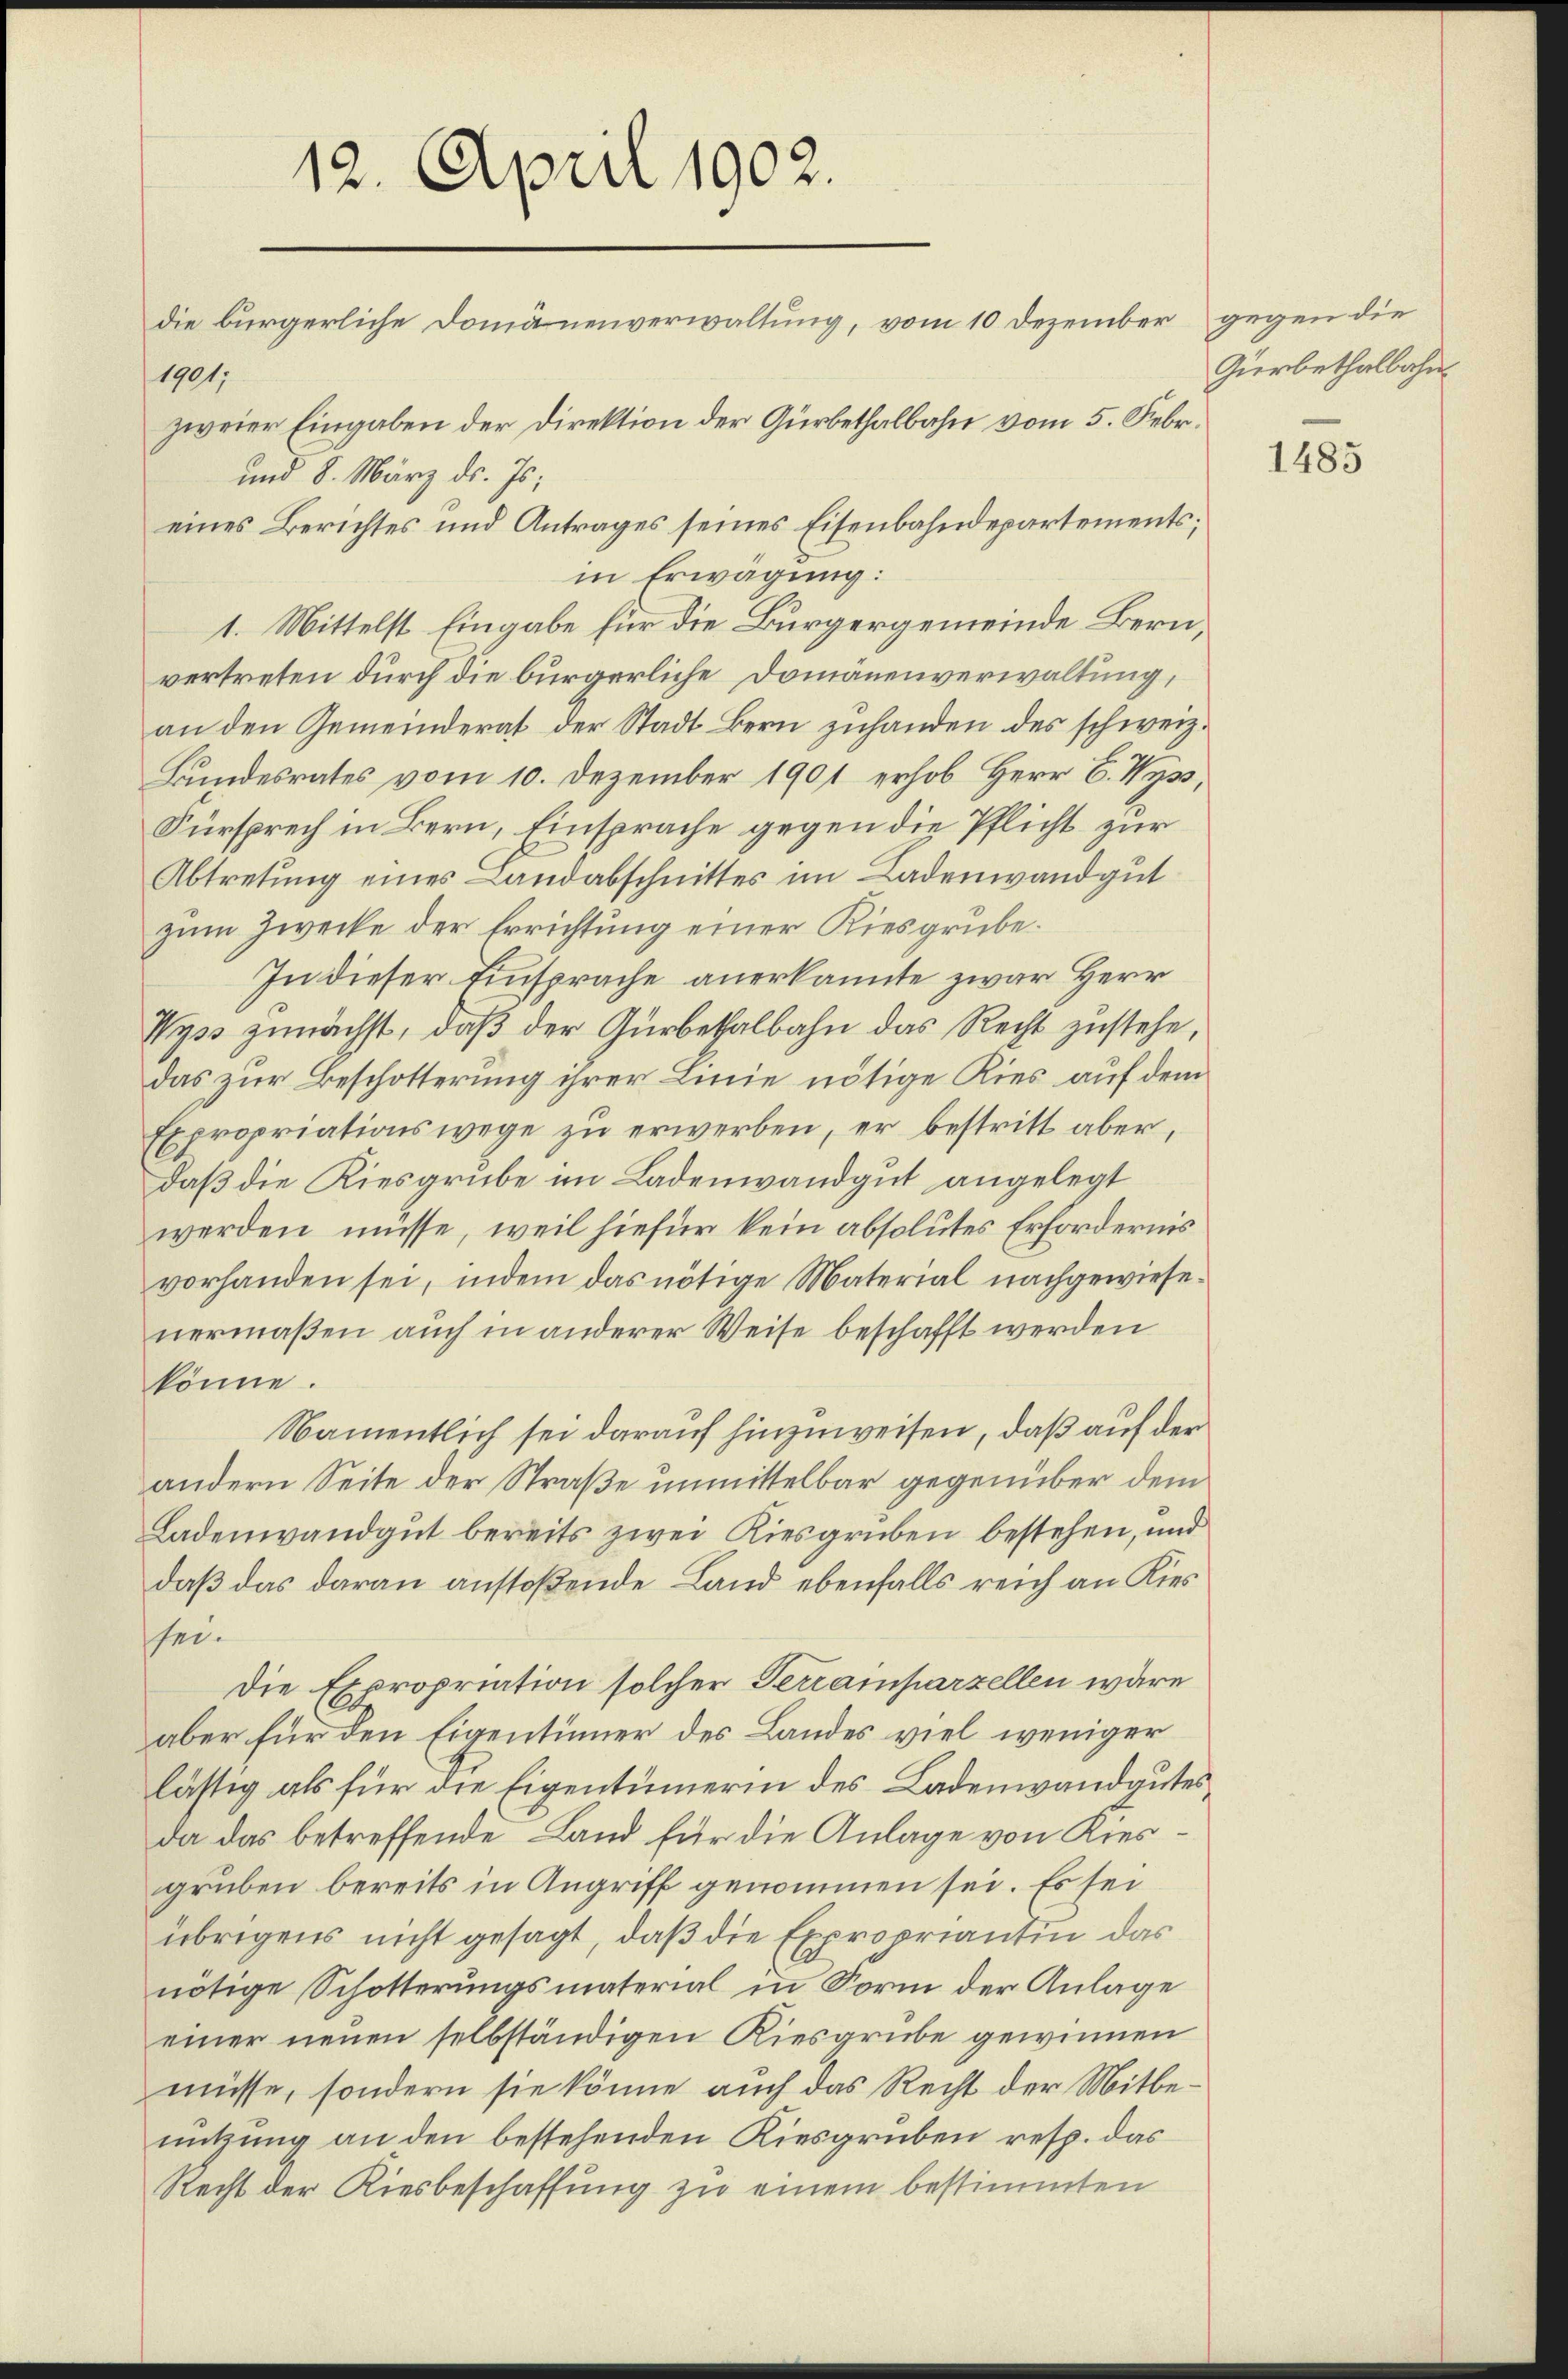
12. April 1902.
die bürgerliche Domänenverwaltung, vom 10 Dezember
1901,
zweier Eingaben der Direktion der Gürbethalbahn vom 5. Febr.
und 8. März d. Js.
eines Berichtes und Antrages seines Eisenbahndepartements;

1. Mittelst Eingabe für die Bürgergemeinde Bernvertreten durch die bürgerliche Domänenverwaltung,
an den Gemeinderat der Stadt Bern zuhanden des schweiz.
Bundesrates vom 10. Dezember 1901 erhob Herr C. Wyss,
Fürsprech in Bern, Einsprache gegen die Pflicht zur
Abtretung eines Landabschnittes im Ladenwand gut
zum Zwecke der Errichtung einer Kiesgrube.
In dieser Einsprache anerkannte zwar Herr
Wyss zunächst, daβ der Gürbethalbahn das Recht zustehe,
das zur Beschotterung ihrer Linie nötige Kies auf dem
Expropriationswege zu erwerben, er bestritt aber,
daß die Kiesgrube im Ladenwandgut angelegt
werden müsse, weil hiefür kein absolutes Erfordernis
vorhanden sei, indem das nötige Material nachgewiesenermaßen auch in anderer Weise beschafft werden
könne.
Namentlich sei darauf hinzuweisen, daß auf der
andern Seite der Straße unmittelbar gegenüber dem
Ladenwandgut bereits zwei Kiesgruben bestehen, und
daß das daran anstoßende Land ebenfalls reich an Kies
sei.
Die Expropriation solcher Terrainparzellen wäre
aber für den Eigentümer des Landes viel weniger
lästig als für die Eigentümerin des Ladenwandgutes
da das betreffende Land für die Anlage von Kies
gruben bereits in Angriff genommen sei. Es sei
übrigens nicht gesagt, daß die Expropriantin das
nötige Schotterungsmaterial in Form der Anlage
einer neuen selbständigen Kiesgrube gewinnen
müsse, sondern sie könne auch das Recht der Mitbenutzung an den bestehenden Kiesgruben resp. das
Recht der Riesbeschaffung zu einem bestimmten

in Erwägung:

gegen die
Gerbethalbahn.

1485